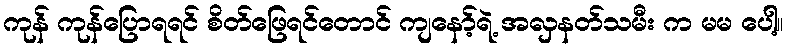
ကုန် ကုန်ပြောရရင် စိတ်ဖြေရင်တောင် ကျနော့်ရဲ့ အလှနတ်သမီး က မမ ပေါ့။